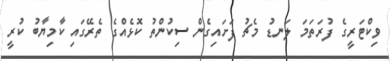
ވިކްޓަރީގެ ފުރަތަމަ ލަނޑު މެޗު ފަށައިގެން ސިކުންތު ކޮޅެއްގެ ތެރޭގައި ކާމިޔާބު ކުރީ